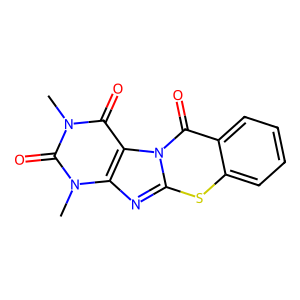
SMILES: Cn1c(=O)c2c(nc3sc4ccccc4c(=O)n32)n(C)c1=O
Inhibits HIV replication: No